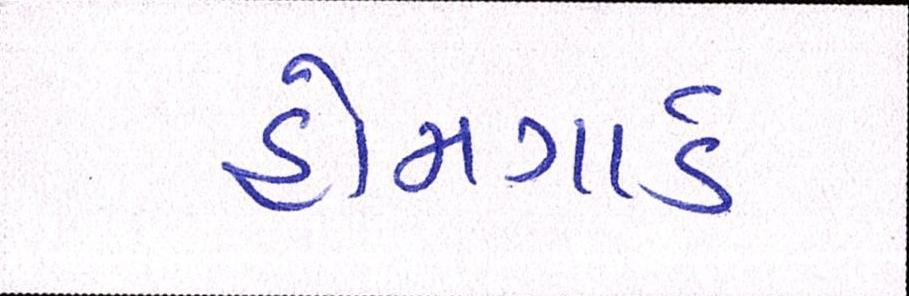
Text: હોમગાર્ડ